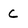
Character: C